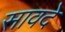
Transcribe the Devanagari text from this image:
सावदे